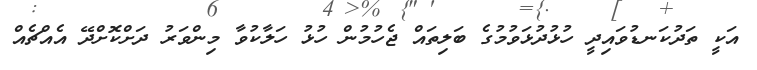
އަކީ ތަދުކަނޑުވައިދީ ހުޅުދުޅަވުމުގެ ބަލިތައް ޖެހުމުން ހުޅު ހަލާކުވާ މިންވަރު ދަށްކޮށްދޭ އެއްޗެއް